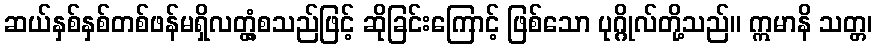
ဆယ်နှစ်နှစ်တစ်ဖန်မရှိလတ္တံ့စသည်ဖြင့် ဆိုခြင်းကြောင့် ဖြစ်သော ပုဂ္ဂိုလ်တို့သည်။ ဣမာနိ သတ္တ၊